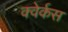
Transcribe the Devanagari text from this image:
क्वेर्कस